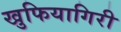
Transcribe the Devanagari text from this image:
खुफियागिरी